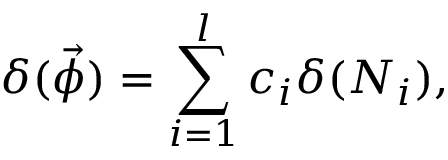
\delta ( \vec { \phi } ) = \sum _ { i = 1 } ^ { l } c _ { i } \delta ( N _ { i } ) ,